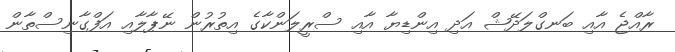
ރާއްޖެ އާއި ބަނގްލަދޭޝް އަދި އިންޑިޔާ އާއި ސްރީލަންކާގެ އިތުރުން ނޭޕާލާއި އަފްގާނިސްތާން